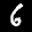
Label: 6